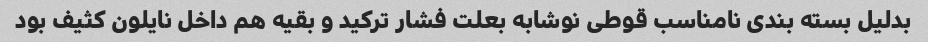
بدلیل بسته بندی نامناسب قوطی نوشابه بعلت فشار ترکید و بقیه هم داخل نایلون کثیف بود